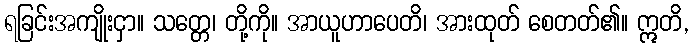
ရခြင်းအကျိုးငှာ။ သတ္တေ၊ တို့ကို။ အာယူဟာပေတိ၊ အားထုတ် စေတတ်၏။ ဣတိ,